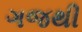
ગજથી